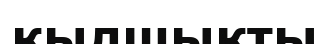
қылшықты